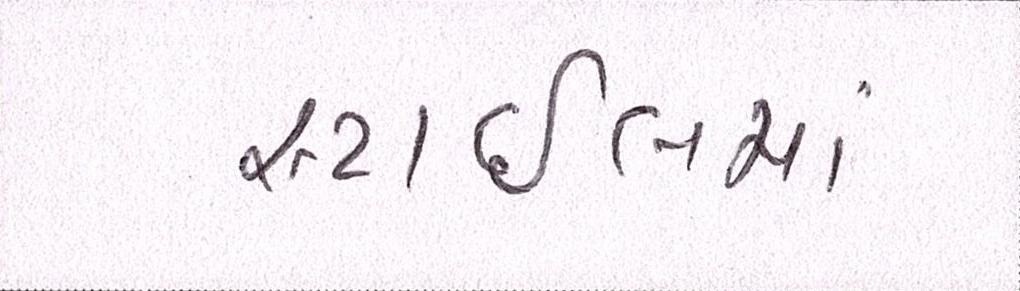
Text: સ્ટાઈલમાં